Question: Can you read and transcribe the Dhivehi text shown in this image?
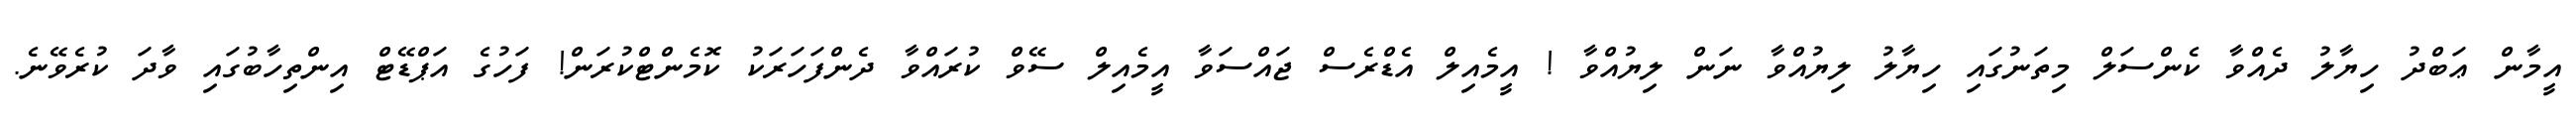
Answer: އީމާން ޢަބްދު ހިޔާލު ދެއްވާ ކެންސަލް މިތަނުގައި ހިޔާލު ލިޔުއްވާ ނަން ލިޔުއްވާ ! އީމެއިލް އެޑްރެސް ޖައްސަވާ އީމެއިލް ސޭވް ކުރައްވާ ދެންފަހަރަކު ކޮމެންޓްކުރަން! ފަހުގެ އަޕްޑޭޓް އިންތިހާބުގައި ވާދަ ކުރެވޭނެ.